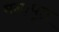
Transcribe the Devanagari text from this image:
मनःपूत